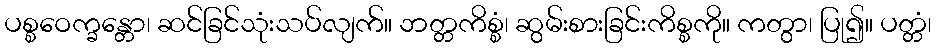
ပစ္စဝေက္ခန္တော၊ ဆင်ခြင်သုံးသပ်လျက်။ ဘတ္တကိစ္စံ၊ ဆွမ်းစားခြင်းကိစ္စကို။ ကတွာ၊ ပြု၍။ ပတ္တံ၊